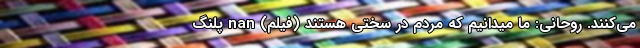
می‌کنند. روحانی: ما میدانیم که مردم در سختی هستند (فیلم) nan پلنگ